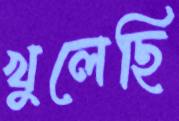
খুলেছি